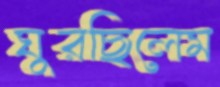
ঘুরছিলেম